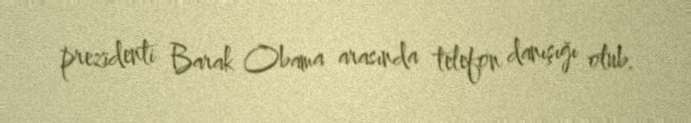
prezidenti Barak Obama arasında telefon danışığı olub.